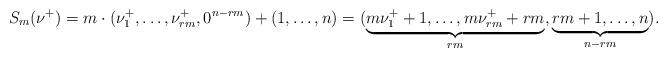
LaTeX: \begin{align*}S_m(\nu^{+})=m \cdot (\nu^{+}_1,\dots,\nu^{+}_{rm},0^{n-rm})+(1,\dots,n)=(\underbrace{m \nu^{+}_1 +1,\dots, m \nu^{+}_{rm} + rm}_{rm},\underbrace{rm+1,\dots,n}_{n-rm}).\end{align*}